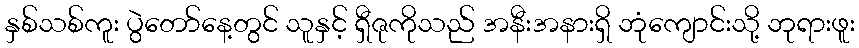
နှစ်သစ်ကူး ပွဲတော်နေ့တွင် သူနှင့် ရှီဇုကိုသည် အနီးအနားရှိ ဘုံကျောင်းသို့ ဘုရားဖူး